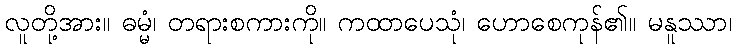
လူတို့အား။ ဓမ္မံ၊ တရားစကားကို။ ကထာပေသုံ၊ ဟောစေကုန်၏။ မနူဿာ၊